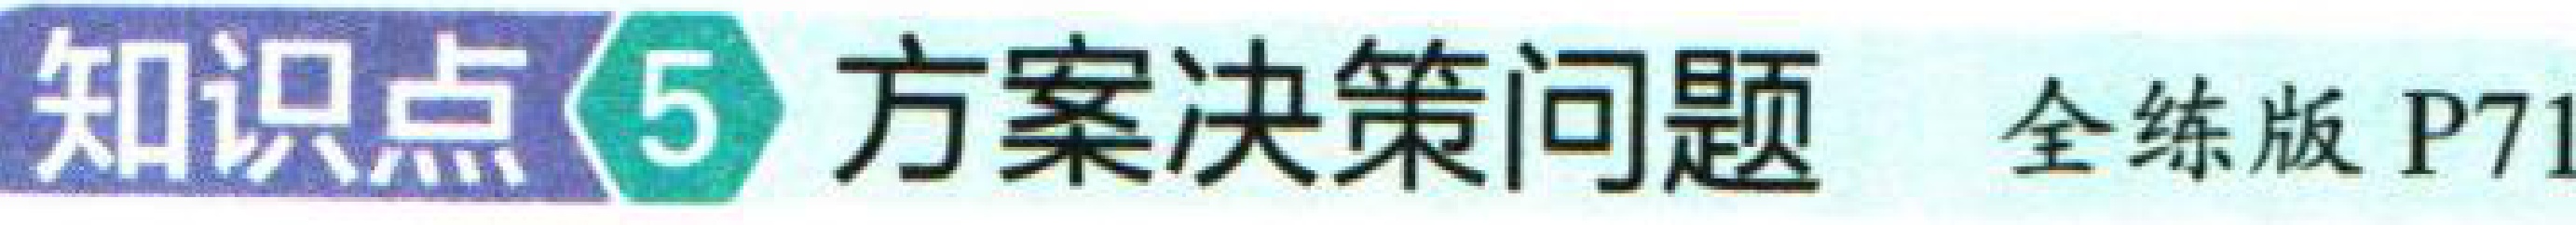
知识点\(5\) 方案决策问题 全练版 P71